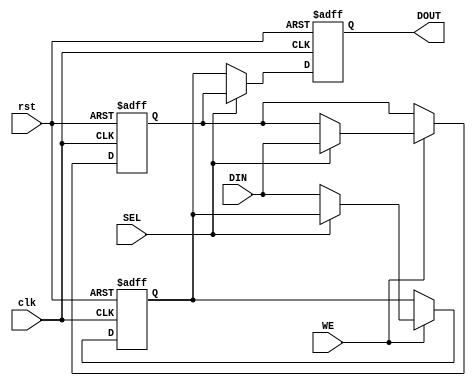
module double_buffer_register #(
    parameter DATA_WIDTH = 8 // Define the width of the data
)(
    input wire clk,          // Clock signal
    input wire rst,          // Reset signal
    input wire WE,           // Write Enable signal
    input wire SEL,          // Select signal
    input wire [DATA_WIDTH-1:0] DIN, // Data input
    output reg [DATA_WIDTH-1:0] DOUT  // Data output
);

    // Internal registers for Buffer A and Buffer B
    reg [DATA_WIDTH-1:0] buffer_a;
    reg [DATA_WIDTH-1:0] buffer_b;

    always @(posedge clk or posedge rst) begin
        if (rst) begin
            // Asynchronous reset
            buffer_a <= 0;
            buffer_b <= 0;
            DOUT <= 0;
        end else begin
            // Write Operation
            if (WE) begin
                if (SEL) begin
                    buffer_a <= DIN;  // Write to Buffer A
                end else begin
                    buffer_b <= DIN;  // Write to Buffer B
                end
            end
            
            // Read Operation
            if (SEL) begin
                DOUT <= buffer_a;  // Read from Buffer A
            end else begin
                DOUT <= buffer_b;  // Read from Buffer B
            end
        end
    end

endmodule